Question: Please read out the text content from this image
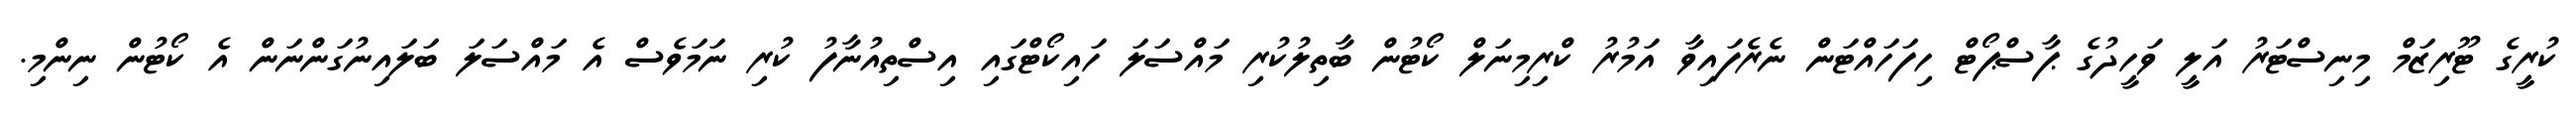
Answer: ކުރީގެ ޓޫރިޒަމް މިނިސްޓަރު އަލީ ވަހީދުގެ ޕާސްޕޯޓް ހިފަހައްޓަން ނެރެފައިވާ އަމުރު ކްރިމިނަލް ކޯޓުން ބާތިލުކުރި މައްސަލަ ހައިކޯޓްގައި އިސްތިއުނާފު ކުރި ނަމަވެސް އެ މައްސަލަ ބަލައިނުގަންނަން އެ ކޯޓުން ނިންމި.